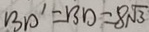
B D ^ { \prime } = B D = 8 \sqrt { 3 }